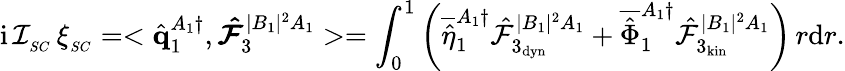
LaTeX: \mathrm{i}\, \mathcal{I}_{_{SC}}\, \xi_{_{SC}}=<\hat{\mathbf{q}}_{1}^{A_{1}\dagger},\boldsymbol{\hat{\mathcal{F}}}_{3}^{|B_{1}|^{2}A_{1}}>=\int_{0}^{1}\left(\overline{{\hat{\eta}}}_{1}^{A_{1}\dagger}\hat{\mathcal{F}}_{3_{\mathrm{dyn}}}^{|B_{1}|^{2}A_{1}}+\overline{{\hat{\Phi}}}_{1}^{A_{1}\dagger}\hat{\mathcal{F}}_{3_{\mathrm{kin}}}^{|B_{1}|^{2}A_{1}}\right)\, r\mathrm{d}r.